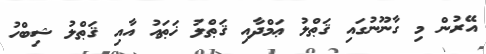
އޭރުން މި ގާނޫނުގައި ޤަޠްލު ޢަމްދާއި ޤަޠްލު ޚަޠައު އާއި ޤަޠްލު ޝިބްހު